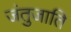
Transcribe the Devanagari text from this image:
जंतुजाति